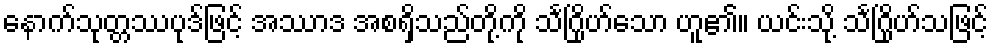
နောက်သုတ္တဿပုဒ်ဖြင့် အဿာဒ အစရှိသည်တို့ကို သင်္ဂြိုဟ်သော ဟူ၏။ ယင်းသို့ သင်္ဂြိုဟ်သဖြင့်